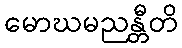
မောဃမညန္တီတိ